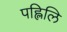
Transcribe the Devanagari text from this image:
पह्लिलि